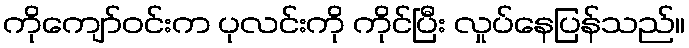
ကိုကျော်ဝင်းက ပုလင်းကို ကိုင်ပြီး လှုပ်နေပြန်သည်။